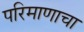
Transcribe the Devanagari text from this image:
परिमाणाचा